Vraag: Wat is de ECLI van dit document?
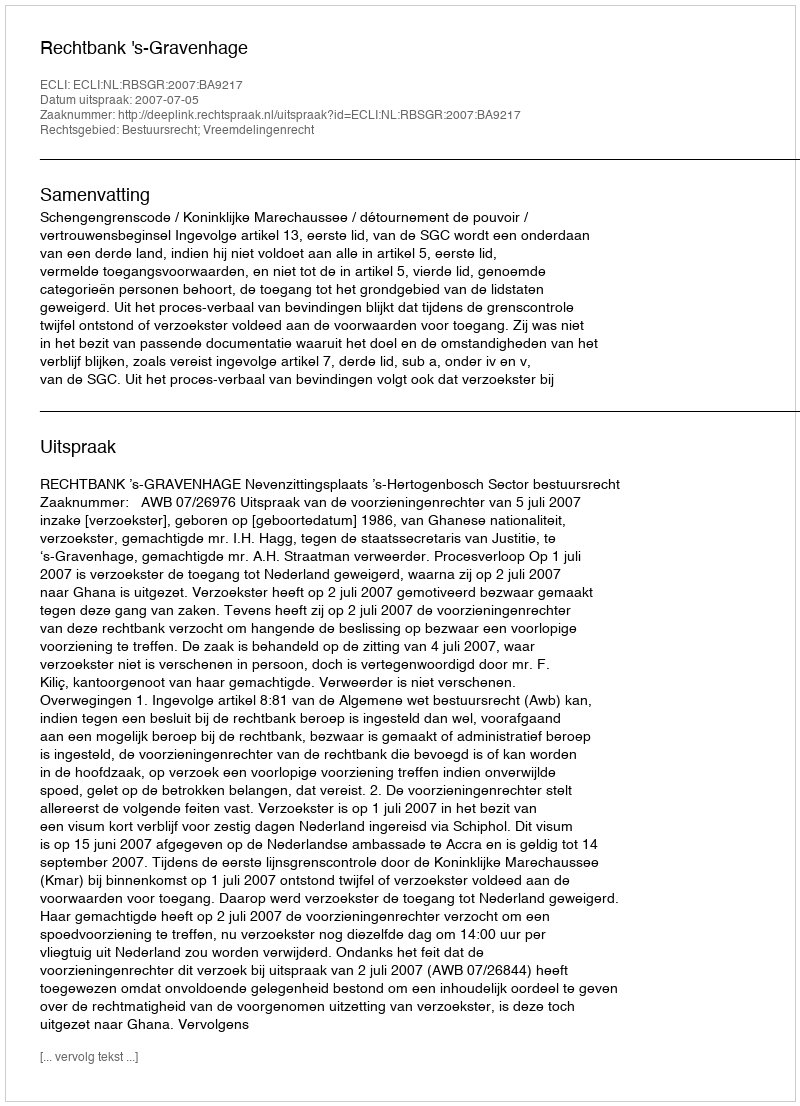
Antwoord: ECLI:NL:RBSGR:2007:BA9217